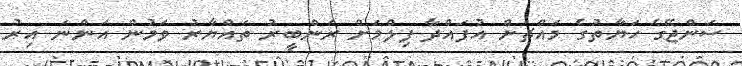
ސަންޖޭގެ ހަޔާތުގެ މައްޗަށް އުފައްދާ ފިލްމަށް ރަންބީރު ތައްޔާރު ވަމުން އަންނަ އިރު